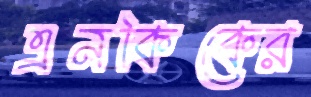
এনকিকের